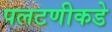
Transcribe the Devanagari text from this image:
पलटणीकडे